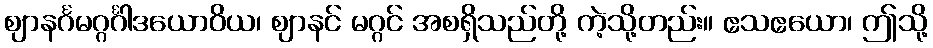
ဈာနင်္ဂမဂ္ဂင်္ဂါဒယောဝိယ၊ ဈာနင် မဂ္ဂင် အစရှိသည်တို့ ကဲ့သို့တည်း။ ဧသဧယော၊ ဤသို့